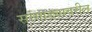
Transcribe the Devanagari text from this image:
सांगाड्यावरील